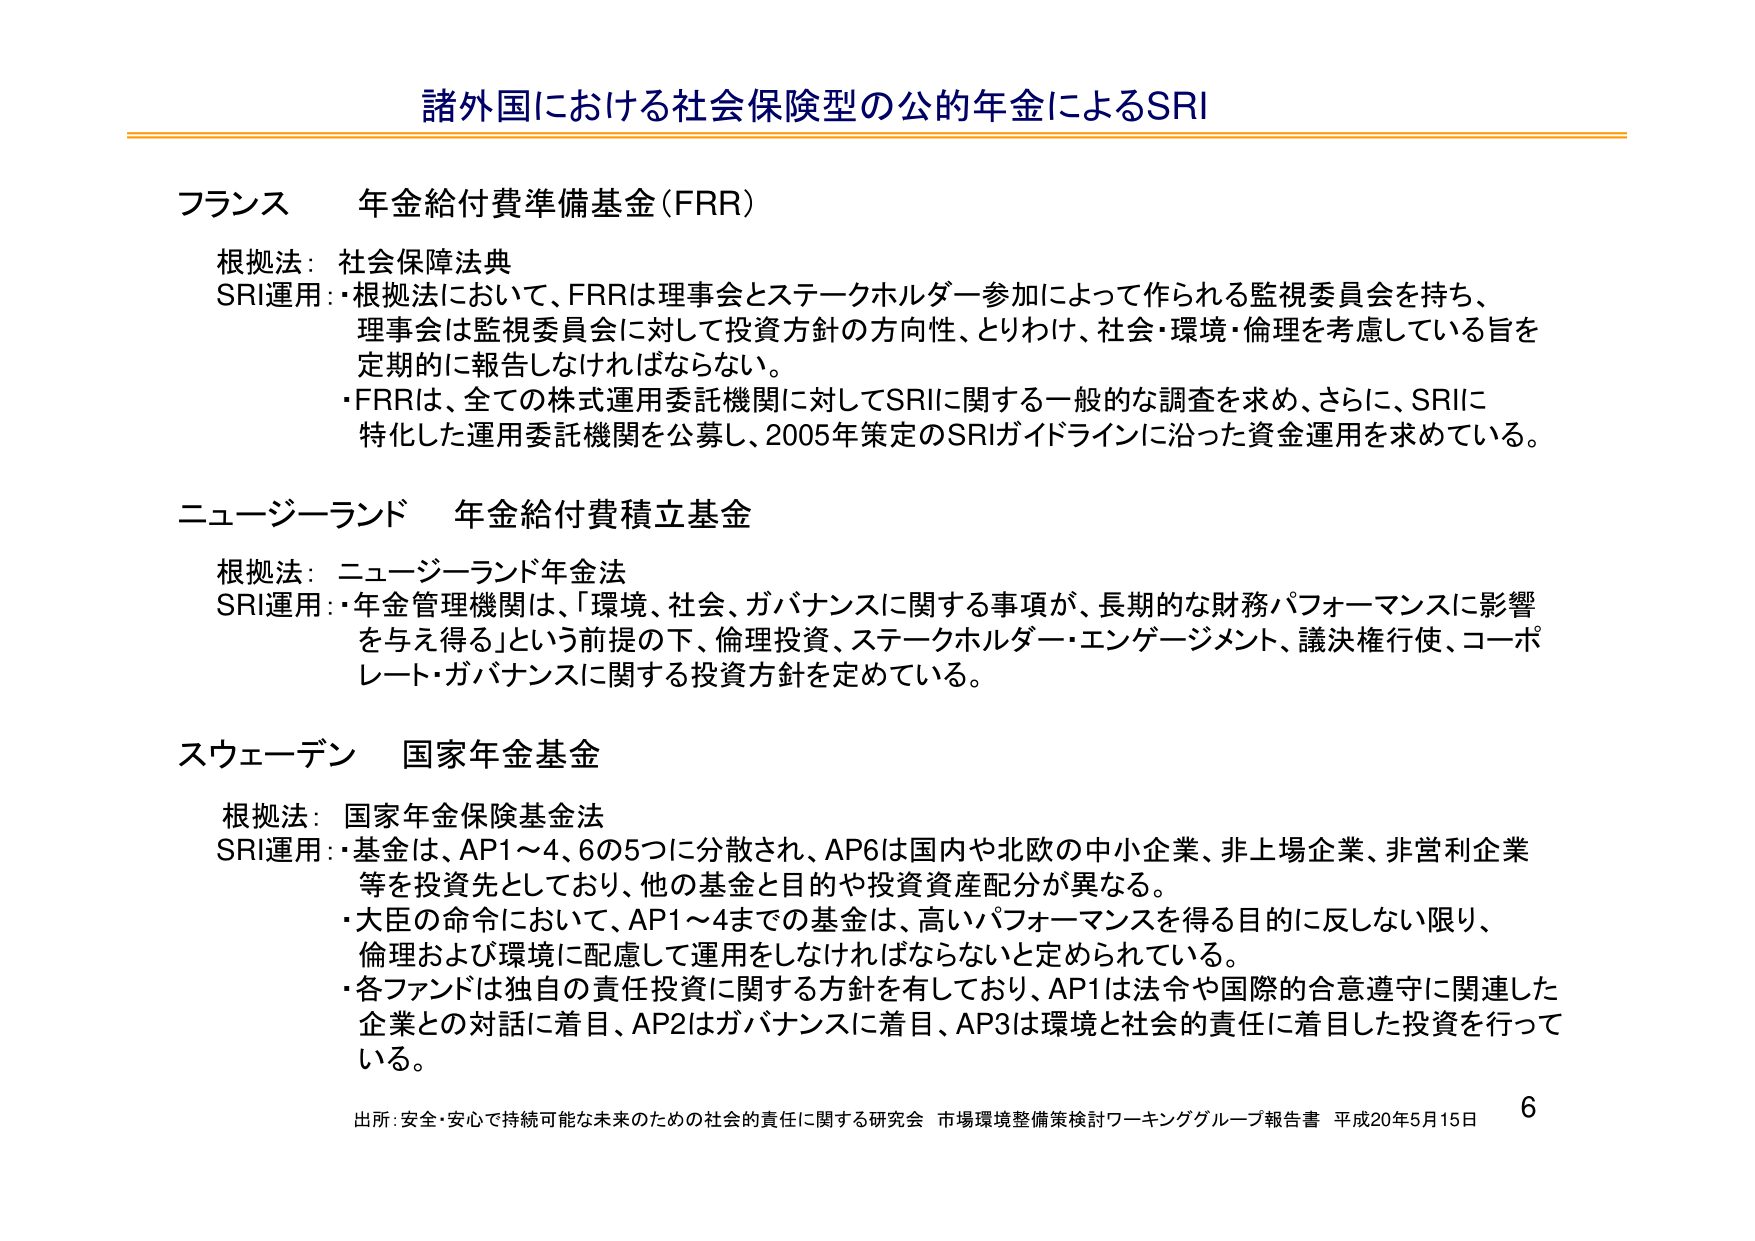
諸外国における社会保険型の公的年金によるSRI

フランス 年金給付費準備基金（FRR）
根拠法：社会保障法典
SRI運用：・根拠法において、FRRは理事会とステークホルダー参加によって作られる監視委員会を持ち、
理事会は監視委員会に対して投資方針の方向性、とりわけ、社会・環境・倫理を考慮している旨を
定期的に報告しなければならない。
・FRRは、全ての株式運用委託機関に対してSRIに関する一般的な調査を求め、さらに、SRIに
特化した運用委託機関を公募し、2005年策定のSRIガイドラインに沿った資金運用を求めている。

ニュージーランド 年金給付費積立基金
根拠法：ニュージーランド年金法
SRI運用：・年金管理機関は、「環境、社会、ガバナンスに関する事項が、長期的な財務パフォーマンスに影響
を与え得る」という前提の下、倫理投資、ステークホルダー・エンゲージメント、議決権行使、コーポ
レート・ガバナンスに関する投資方針を定めている。

スウェーデン 国家年金基金
根拠法：国家年金保険基金法
SRI運用：・基金は、AP1～4、6の5つに分散され、AP6は国内や北欧の中小企業、非上場企業、非営利企業
等を投資先としており、他の基金と目的や投資資産配分が異なる。
・大臣の命令において、AP1～4までの基金は、高いパフォーマンスを得る目的に反しない限り、
倫理および環境に配慮して運用をしなければならないと定められている。
・各ファンドは独自の責任投資に関する方針を有しており、AP1は法令や国際的合意遵守に関連した
企業との対話に着目、AP2はガバナンスに着目、AP3は環境と社会的責任に着目した投資を行って
いる。

出所：安全・安心で持続可能な未来のための社会的責任に関する研究会 市場環境整備策検討ワーキンググループ報告書 平成20年5月15日 6